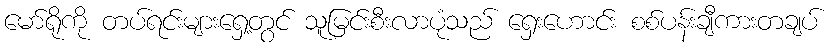
မော်ရိုကို တပ်ရင်းများရှေ့တွင် သူမြင်းစီးလာပုံသည် ရှေးဟောင်း စစ်ပန်းချီကားတချပ်